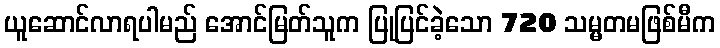
ယူဆောင်လာရပါမည် အောင်မြတ်သူက ပြုပြင်ခဲ့သော 720 သမ္မတမဖြစ်မီက